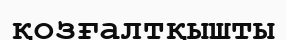
қозғалтқышты